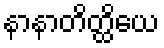
နာနာတိတ္ထိယေ